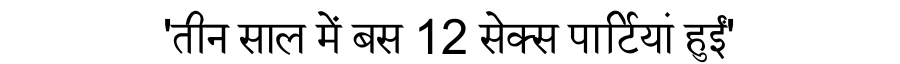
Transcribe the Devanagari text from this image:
'तीन साल में बस 12 सेक्स पार्टियां हुईं'